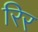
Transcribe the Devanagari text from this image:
रिर